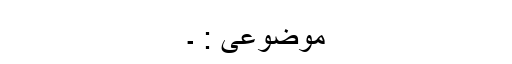
موضوعی : ۔